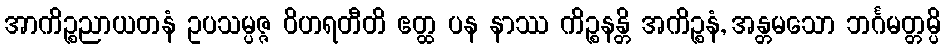
အာကိဉ္စညာယတနံ ဥပသမ္ပဇ္ဇ ဝိဟရတီတိ ဧတ္ထ ပန နာဿ ကိဉ္စနန္တိ အကိဉ္စနံ, အန္တမသော ဘင်္ဂမတ္တမ္ပိ